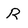
Character: R